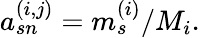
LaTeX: a_{sn}^{(i,j)}=m_{s}^{(i)}/M_{i}.